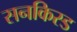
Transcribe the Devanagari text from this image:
सनकिस्ड